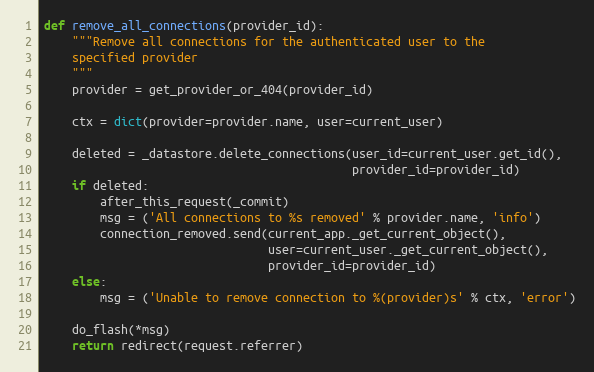
Language: Python
def remove_all_connections(provider_id):
    """Remove all connections for the authenticated user to the
    specified provider
    """
    provider = get_provider_or_404(provider_id)

    ctx = dict(provider=provider.name, user=current_user)

    deleted = _datastore.delete_connections(user_id=current_user.get_id(),
                                            provider_id=provider_id)
    if deleted:
        after_this_request(_commit)
        msg = ('All connections to %s removed' % provider.name, 'info')
        connection_removed.send(current_app._get_current_object(),
                                user=current_user._get_current_object(),
                                provider_id=provider_id)
    else:
        msg = ('Unable to remove connection to %(provider)s' % ctx, 'error')

    do_flash(*msg)
    return redirect(request.referrer)